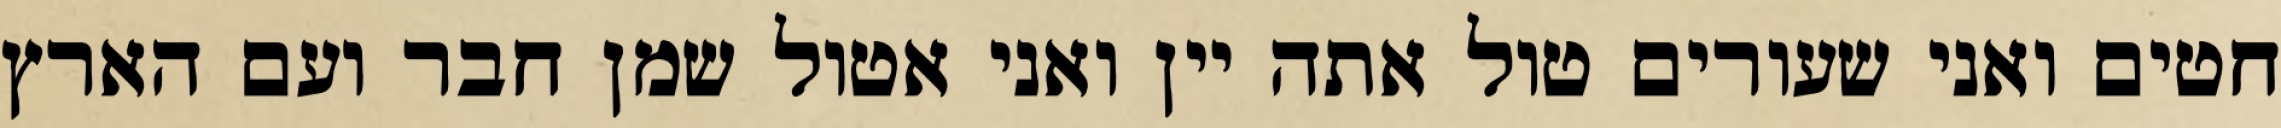
חטים ואני שעורים טול אתה יין ואני אטול שמן חבר ועם הארץ